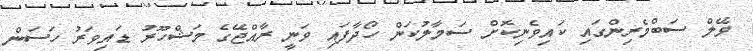
ވޭލް ސަބްމެރިންގައި ކައިވެނިކޮށް ސަމާލުކަން ހޯދާފައި ވަނީ ރާއްޖޭގެ މަޝްހޫރު ޑައިވަރު ހަސަން